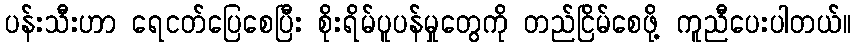
ပန်းသီးဟာ ရေငတ်ပြေစေပြီး စိုးရိမ်ပူပန်မှုတွေကို တည်ငြိမ်စေဖို့ ကူညီပေးပါတယ်။